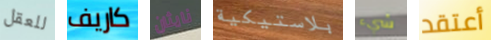
للعقل كاريف نايثان بلاستيكية شيء أعتقد